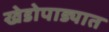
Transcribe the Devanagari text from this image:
खेडोपाड्यात